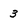
Character: 3